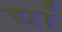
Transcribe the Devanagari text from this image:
द्यां